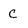
Character: c